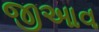
જીઆવ